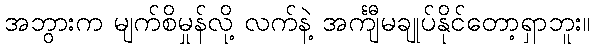
အဘွားက မျက်စိမှုန်လို့ လက်နဲ့ အင်္ကျီမချုပ်နိုင်တော့ရှာဘူး။